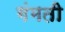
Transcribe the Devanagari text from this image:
गंमती